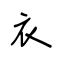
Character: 衣